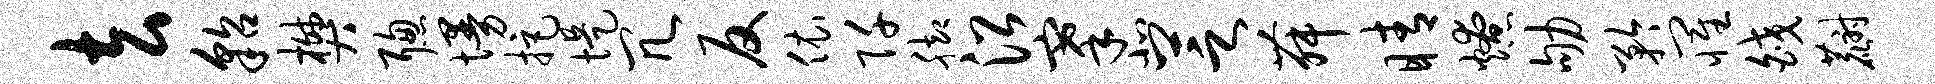
去貂樊聪墁拒堤冗反依阡脚沿搴北芝舞睛燎劬矜罹皎麝